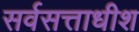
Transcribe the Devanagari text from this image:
सर्वसत्ताधीश